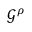
\mathcal { G } ^ { \rho }